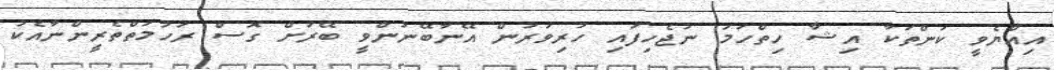
އިއްޔެވީ ކަންތަކާ އިޝާ ހިތްހަމަ ނުޖެހިފައި ހުރިވަރުން އޭނާބޭނުންވީ ބޭރަށް ގޮސް ރަހުމަތްތެރީންނާއެކު